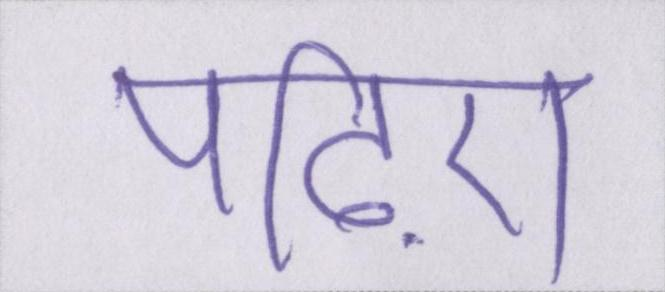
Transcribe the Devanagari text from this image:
पढ़िए